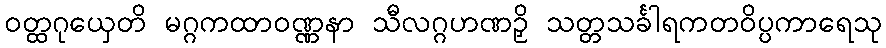
ဝတ္ထဂုယှေတိ မဂ္ဂကထာဝဏ္ဏနာ သီလဂ္ဂဟဏဉှိ သတ္တသင်္ခါရကတဝိပ္ပကာရေသု